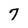
Character: 7